Indian journal of veterinary science and animal husbandry - Volumes 22-23, 1952-1953
Year: 1952
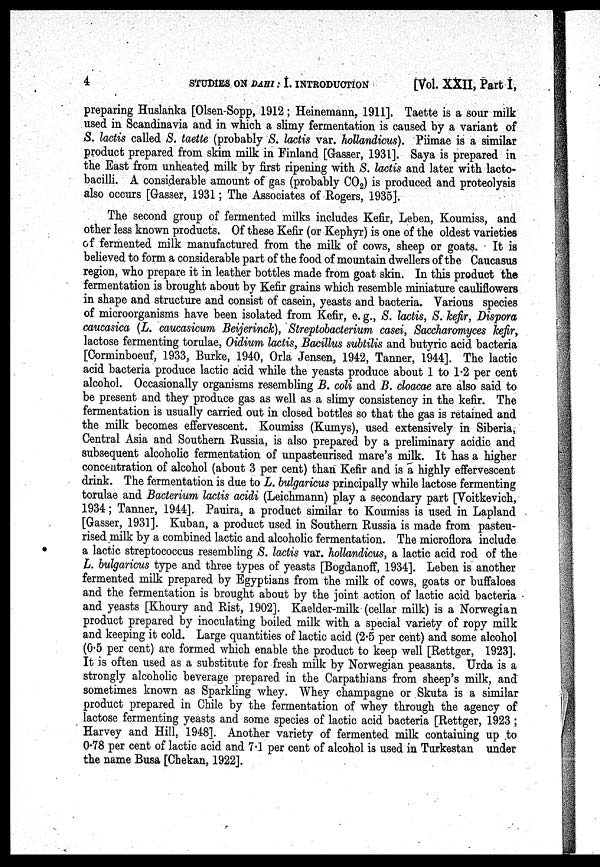
4
STUDIES ON DAHI: I. INTRODUCTION
[Vol. XXII, Part I,
preparing Huslanka [Olsen-Sopp, 1912; Heinemann, 1911]. Taette is a sour milk
used in Scandinavia and in which a slimy fermentation is caused by a variant of
S. lactis called S. taette (probably S. lactis var. hollandicus). Piimae is a similar
product prepared from skim milk in Finland [Gasser, 1931]. Saya is prepared in
the East from unheated milk by first ripening with S. lactis and later with lacto-
bacilli. A considerable amount of gas (probably CO 2 ) is produced and proteolysis
also occurs [Gasser, 1931; The Associates of Rogers, 1935].
The second group of fermented milks includes Kefir, Leben, Koumiss, and
other less known products. Of these Kefir (or Kephyr) is one of the oldest varieties
of fermented milk manufactured from the milk of cows, sheep or goats. It is
believed to form a considerable part of the food of mountain dwellers of the Caucasus
region, who prepare it in leather bottles made from goat skin. In this product the
fermentation is brought about by Kefir grains which resemble miniature cauliflowers
in shape and structure and consist of casein, yeasts and bacteria. Various species
of microorganisms have been isolated from Kefir, e. g., S. lactis, S. kefir, Dispora
caucasica (L. caucasicum Beijerinck), Streptobacterium casei, Saccharomyces kefir,
lactose fermenting torulae, Oidium lactis, Bacillus subtilis and butyric acid bacteria
[Corminboeuf, 1933, Burke, 1940, Orla Jensen, 1942, Tanner, 1944]. The lactic
acid bacteria produce lactic acid while the yeasts produce about 1 to 1.2 per cent
alcohol. Occasionally organisms resembling B. coli and B. cloacae are also said to
be present and they produce gas as well as a slimy consistency in the kefir. The
fermentation is usually carried out in closed bottles so that the gas is retained and
the milk becomes effervescent. Koumiss (Kumys), used extensively in Siberia,
Central Asia and Southern Russia, is also prepared by a preliminary acidic and
subsequent alcoholic fermentation of unpasteurised mare's milk. It has a higher
concentration of alcohol (about 3 per cent) than Kefir and is a highly effervescent
drink. The fermentation is due to L. bulgaricus principally while lactose fermenting
torulae and Bacterium lactis acidi (Leichmann) play a secondary part [Voitkevich,
1934; Tanner, 1944]. Pauira, a product similar to Koumiss is used in Lapland
[Gasser, 1931]. Kuban, a product used in Southern Russia is made from pasteu-
rised milk by a combined lactic and alcoholic fermentation. The microflora include
a lactic streptococcus resembling S. lactis var. hollandicus, a lactic acid rod of the
L. bulgaricus type and three types of yeasts [Bogdanoff, 1934]. Leben is another
fermented milk prepared by Egyptians from the milk of cows, goats or buffaloes
and the fermentation is brought about by the joint action of lactic acid bacteria
and yeasts [Khoury and Rist, 1902]. Kaelder-milk (cellar milk) is a Norwegian
product prepared by inoculating boiled milk with a special variety of ropy milk
and keeping it cold. Large quantities of lactic acid (2.5 per cent) and some alcohol
(0.5 per cent) are formed which enable the product to keep well [Rettger, 1923].
It is often used as a substitute for fresh milk by Norwegian peasants. Urda is a
strongly alcoholic beverage prepared in the Carpathians from sheep's milk, and
sometimes known as Sparkling whey. Whey champagne or Skuta is a similar
product prepared in Chile by the fermentation of whey through the agency of
lactose fermenting yeasts and some species of lactic acid bacteria [Rettger, 1923 ;
Harvey and Hill, 1948]. Another variety of fermented milk containing up to
0.78 per cent of lactic acid and 7.1 per cent of alcohol is used in Turkestan under
the name Busa [Chekan, 1922].